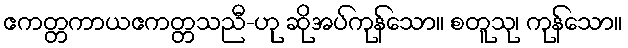
ဧကတ္တကာယဧကတ္တသညီ-ဟု ဆိုအပ်ကုန်သော။ စတူသု၊ ကုန်သော။